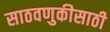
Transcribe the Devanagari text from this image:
साठवणुकीसाठी